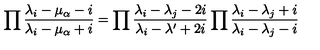
\prod { \frac { \lambda _ { i } - \mu _ { \alpha } - i } { \lambda _ { i } - \mu _ { \alpha } + i } } = \prod { \frac { \lambda _ { i } - \lambda _ { j } - 2 i } { \lambda _ { i } - \lambda ^ { \prime } + 2 i } } \prod { \frac { \lambda _ { i } - \lambda _ { j } + i } { \lambda _ { i } - \lambda _ { j } - i } }